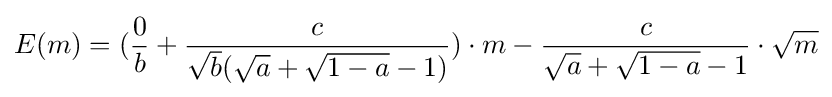
E(m)=({\frac {0}{b}}+{\frac {c}{{\sqrt {b}}({\sqrt {a}}+{\sqrt {1-a}}-1)}})\cdot m-{\frac {c}{{\sqrt {a}}+{\sqrt {1-a}}-1}}\cdot {\sqrt {m}}